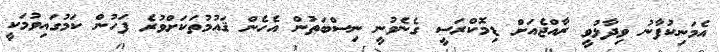
އެމަނިކުފާނު ވިދާޅުވީ ރާއްޖެއަށް ޑިމޮކްރަސީ ގެނެވުނީ ނިސްބަތުން އެހެން ޤައުމުތަކަށްވުރެ ފަހުން ކަމުގައިވުމަކީ